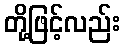
တို့ဖြင့်လည်း